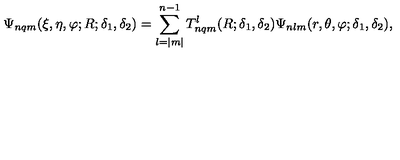
\Psi _ { n q m } ( \xi , \eta , \varphi ; R ; \delta _ { 1 } , \delta _ { 2 } ) = \sum _ { l = | m | } ^ { n - 1 } T _ { n q m } ^ { l } ( R ; \delta _ { 1 } , \delta _ { 2 } ) \Psi _ { n l m } ( r , \theta , \varphi ; \delta _ { 1 } , \delta _ { 2 } ) ,